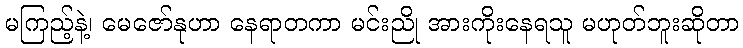
မကြည့်နဲ့၊ မေဇော်နုဟာ နေရာတကာ မင်းညို အားကိုးနေရသူ မဟုတ်ဘူးဆိုတာ